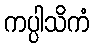
ကပ္ပါသိကံ